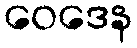
ဝေဒေန